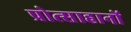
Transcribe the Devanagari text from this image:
प्रोत्साहानों